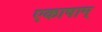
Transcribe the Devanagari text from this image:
एकाषाम्